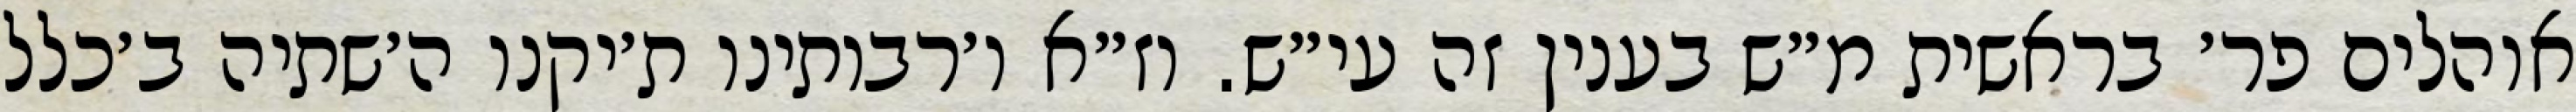
אוהלים פר׳ בראשית מ״ש בענין זה עי״ש. וז״א ו׳רבותינו ת׳יקנו ה׳שתיה ב׳כלל